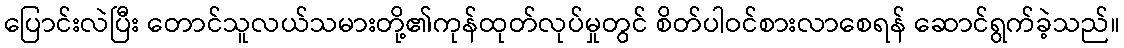
ပြောင်းလဲပြီး တောင်သူလယ်သမားတို့၏ကုန်ထုတ်လုပ်မှုတွင် စိတ်ပါဝင်စားလာစေရန် ဆောင်ရွက်ခဲ့သည်။